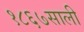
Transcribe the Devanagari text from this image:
१८६७साली